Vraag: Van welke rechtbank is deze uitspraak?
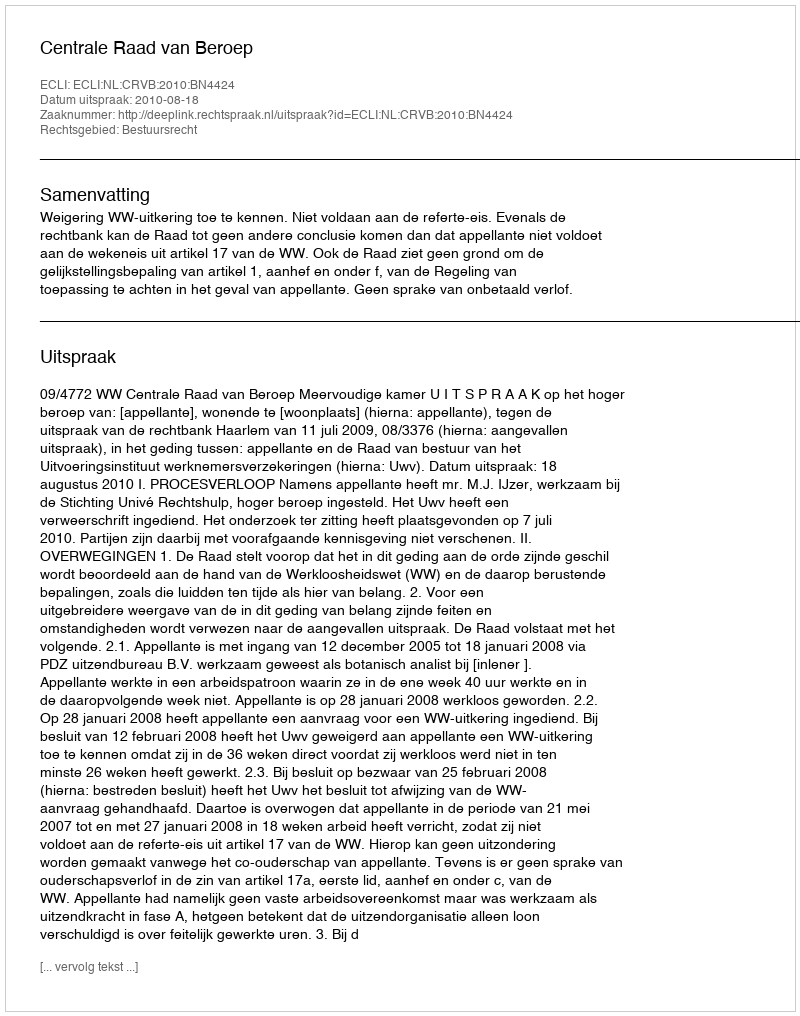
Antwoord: Centrale Raad van Beroep